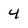
Character: 4